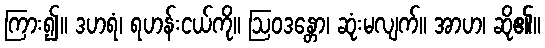
ကြား၍။ ဒဟရံ၊ ရဟန်းငယ်ကို။ ဩဝဒန္တော၊ ဆုံးမလျက်။ အာဟ၊ ဆို၏။